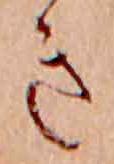
き